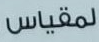
لمقباس